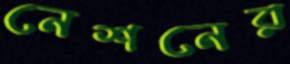
নেশনের